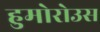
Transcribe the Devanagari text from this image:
हुमोरोउस